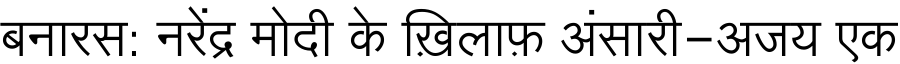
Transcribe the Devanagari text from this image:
बनारस: नरेंद्र मोदी के ख़िलाफ़ अंसारी-अजय एक